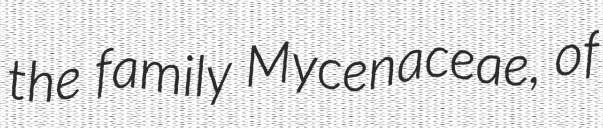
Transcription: the family Mycenaceae, of